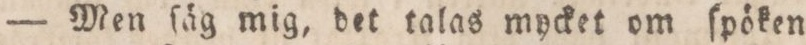
— Men ſäg mig, det talas mycket om ſpöken